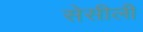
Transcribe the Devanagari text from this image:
सेसीली